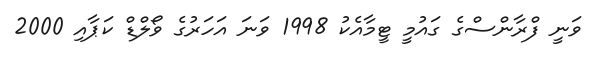
ވަނީ ފްރާންސްގެ ގައުމީ ޓީމާއެކު 1998 ވަނަ އަހަރުގެ ވޯލްޑް ކަޕާއި 2000